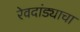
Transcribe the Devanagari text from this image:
रेवदांड्याचा